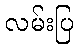
လမ်းပြ